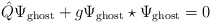
\begin{align*}\hat{Q} \Psi_{\rm ghost} + g \Psi_{\rm ghost}\star\Psi_{\rm ghost} = 0\end{align*}